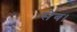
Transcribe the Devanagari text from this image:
सेब।